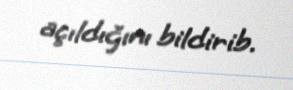
açıldığını bildirib.